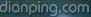
dianping.com